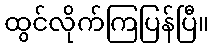
ထွင်လိုက်ကြပြန်ပြီ။